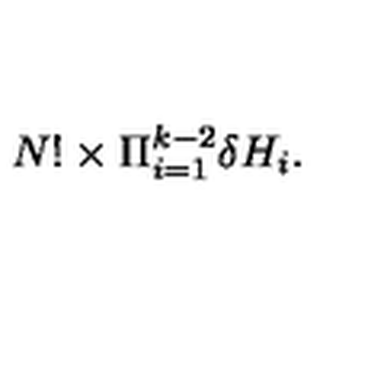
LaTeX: N ! \times \Pi _ { i = 1 } ^ { k - 2 } \delta H _ { i } .